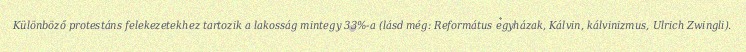
Különböző protestáns felekezetekhez tartozik a lakosság mintegy 33%-a (lásd még: Református egyházak, Kálvin, kálvinizmus, Ulrich Zwingli).